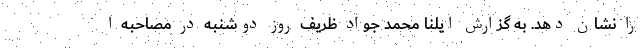
را نشان دهد. به گزارش ایلنا محمد جواد ظریف روز دوشنبه در مصاحبه ا